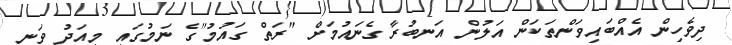
ދިވެހިން އެއްބައިވަންތަކަން އަލުން އަނބުރާ ގެނައުމަށް "ރަތް ގައުމު"ގެ ނަމުގައި މިއަދު ވަނީ